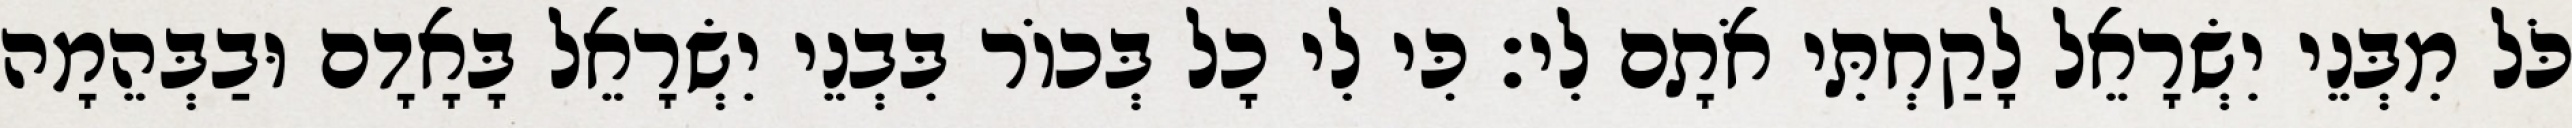
כֹּל מִבְּנֵי יִשְׂרָאֵל לָקַחְתִּי אֹתָם לִי׃ כִּי לִי כָל בְּכוֹר בִּבְנֵי יִשְׂרָאֵל בָּאָדָם וּבַבְּהֵמָה